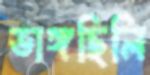
ভাঙ্গছিলি